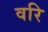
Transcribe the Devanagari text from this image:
वरि